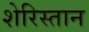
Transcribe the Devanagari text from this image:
शेरिस्तान